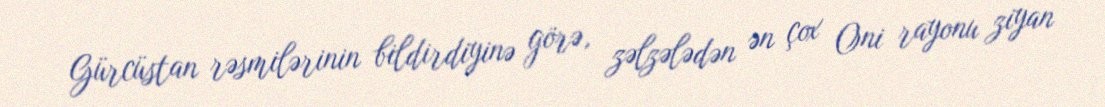
Gürcüstan rəsmilərinin bildirdiyinə görə, zəlzələdən ən çox Oni rayonu ziyan